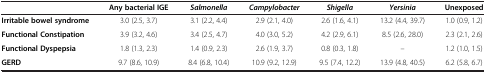
|  | Any bacterial IGE | Salmonella | Campylobacter | Shigella | Yersinia | Unexposed |
 | --- | --- | --- | --- | --- | --- | --- |
 | Irritable bowel syndrome | 3.0 (2.5, 3.7) | 3.1 (2.2, 4.4) | 2.9 (2.1, 4.0) | 2.6 (1.6, 4.1) | 13.2 (4.4, 39.7) | 1.0 (0.9, 1.2) |
 | Functional Constipation | 3.9 (3.2, 4.6) | 3.4 (2.5, 4.7) | 4.0 (3.0, 5.2) | 4.2 (2.9, 6.1) | 8.5 (2.6, 28.0) | 2.3 (2.1, 2.6) |
 | Functional Dyspepsia | 1.8 (1.3, 2.3) | 1.4 (0.9, 2.3) | 2.6 (1.9, 3.7) | 0.8 (0.3, 1.8) | -- | 1.2 (1.0, 1.5) |
 | GERD | 9.7 (8.6, 10.9) | 8.4 (6.8, 10.4) | 10.9 (9.2, 12.9) | 9.5 (7.4, 12.2) | 13.9 (4.8, 40.5) | 6.2 (5.8, 6.7) |